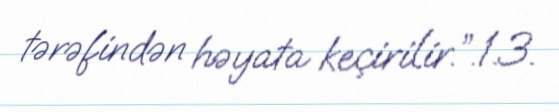
tərəfindən həyata keçirilir.”.1.3.